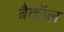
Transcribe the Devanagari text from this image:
बैकॉल